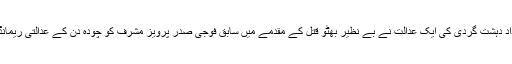
اسلام آباد — پاکستان میں انسداد دہشت گردی کی ایک عدالت نے بے نظیر بھٹو قتل کے مقدمے میں سابق فوجی صدر پرویز مشرف کو چودہ دن کے عدالتی ریمانڈر پر جیل بھیجنے کا حکم دیا۔